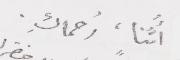
امّنا، رُحماكِ